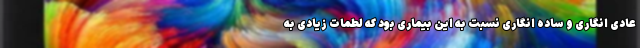
عادی انگاری و ساده انگاری نسبت به این بیماری بود که لطمات زیادی به